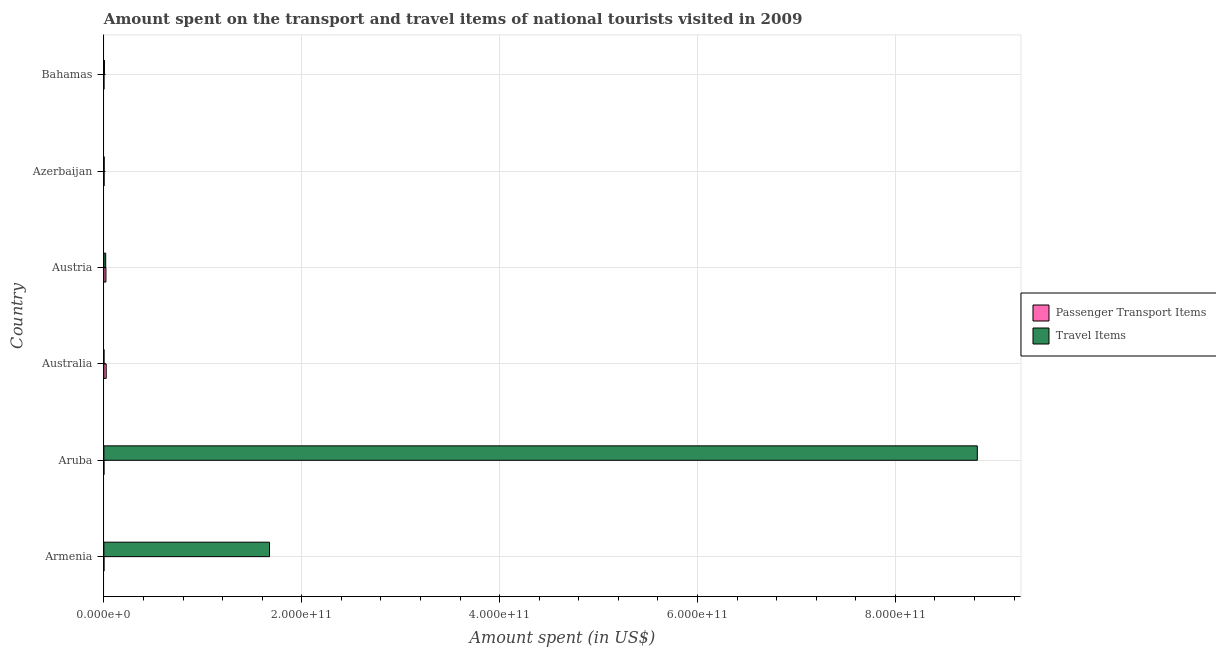
| Country | Passenger Transport Items | Travel Items |
 | --- | --- | --- |
 | Armenia | 4e+07 | 1.67e+11 |
 | Aruba | 1.2e+06 | 8.83e+11 |
 | Australia | 2.34e+09 | 3.9e+07 |
 | Austria | 2.06e+09 | 1.83e+09 |
 | Azerbaijan | 1.66e+08 | 2.46e+08 |
 | Bahamas | 1.1e+07 | 5.34e+08 |